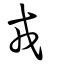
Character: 戎